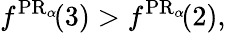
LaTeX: f^{\operatorname{PR}_{\alpha}\! }(3)>f^{\operatorname{PR}_{\alpha}\! }(2),